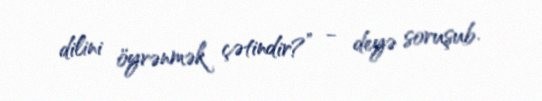
dilini öyrənmək çətindir?” - deyə soruşub.